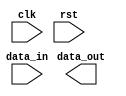
module fifo_ctrl_sync (
    input wire clk,
    input wire rst,
    input wire data_in,
    output reg data_out
);

// Timing control block
always @(posedge clk or negedge rst) begin
    if (rst) begin
        // Reset logic and initialization
        // Add your reset logic here
    end else begin
        // Clock gating and timing control logic
        // Add your clock gating and timing control logic here
    end
end

// Synchronization block
always @(posedge clk or negedge rst) begin
    if (rst) begin
        // Reset logic and initialization for synchronization block
        // Add your reset logic here
    end else begin
        // Synchronization logic to ensure data is synchronized between clock domains
        // Add your synchronization logic here
    end
end

endmodule